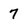
Character: 7